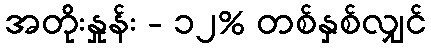
အတိုးနှုန်း - ၁၂% တစ်နှစ်လျှင်